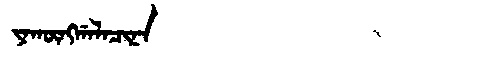
Manchu: ᠶᠠᡴᡡᠩᡤᠠᠯᠠᠴᡳᠨᠠ
Romanization: YAKŪNGGALACINA